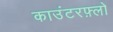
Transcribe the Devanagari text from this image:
काउंटरफ़्लो